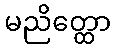
မညိတ္ထော